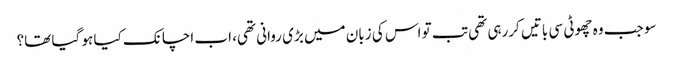
سو جب وہ چھوٹی سی باتیں کررہی تھی تب تو اس کی زبان میں بڑی روانی تھی، اب اچانک کیا ہو گیا تھا؟